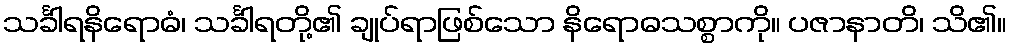
သင်္ခါရနိရောဓံ၊ သင်္ခါရတို့၏ ချုပ်ရာဖြစ်သော နိရောဓသစ္စာကို။ ပဇာနာတိ၊ သိ၏။